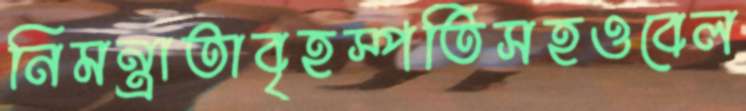
নিমন্ত্রাতাবৃহস্পতিসহওবেল